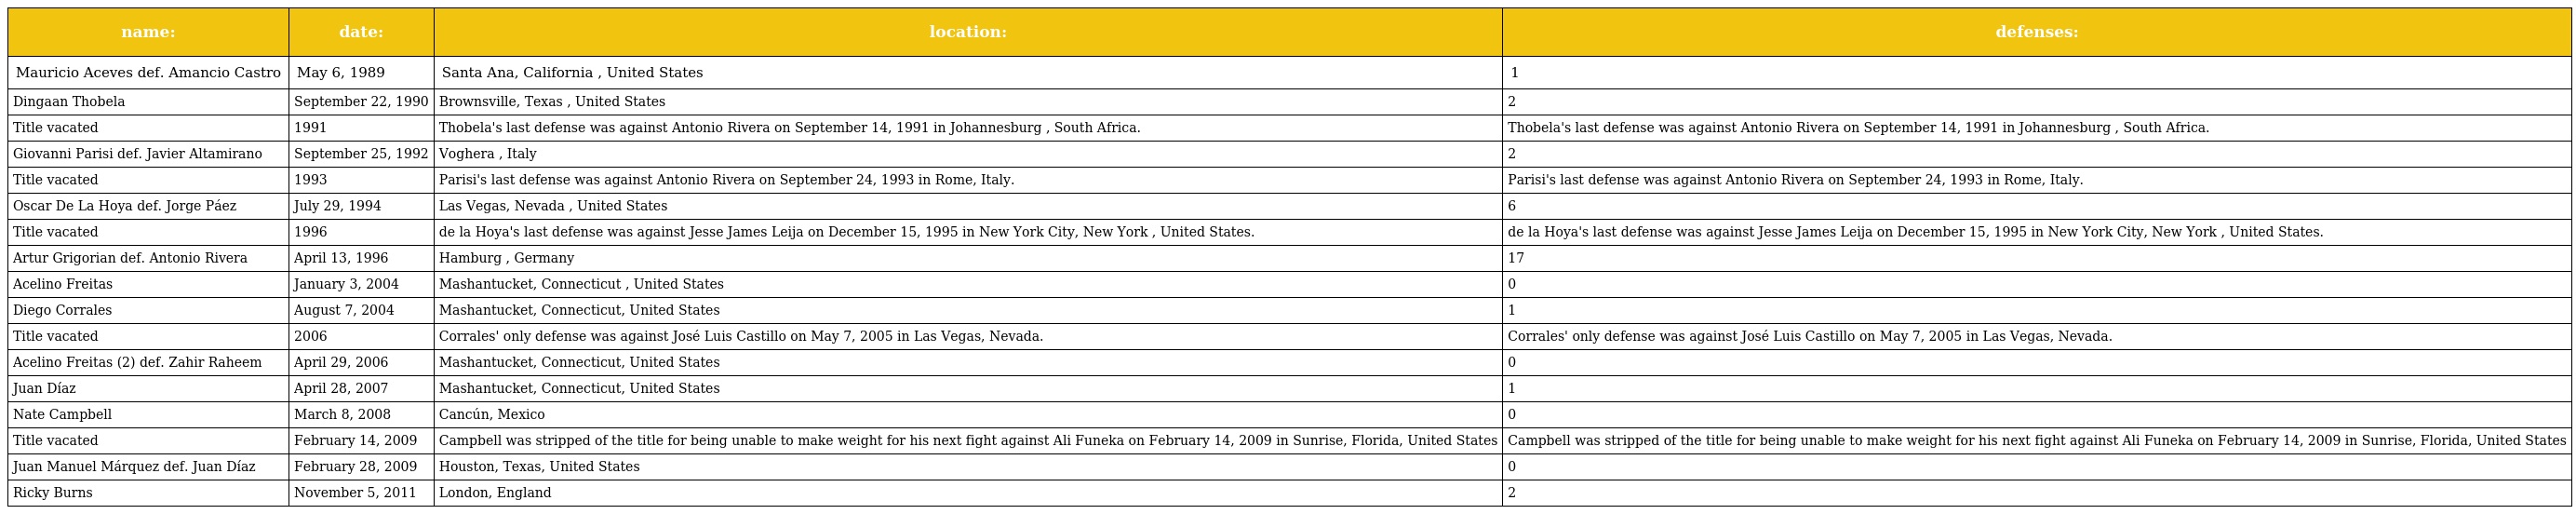
| name: | date: | location: | defenses: |
 | --- | --- | --- | --- |
 | Mauricio Aceves def. Amancio Castro | May 6, 1989 | Santa Ana, California , United States | 1 |
 | Dingaan Thobela | September 22, 1990 | Brownsville, Texas , United States | 2 |
 | Title vacated | 1991 | Thobela's last defense was against Antonio Rivera on September 14, 1991 in Johannesburg , South Africa. | Thobela's last defense was against Antonio Rivera on September 14, 1991 in Johannesburg , South Africa. |
 | Giovanni Parisi def. Javier Altamirano | September 25, 1992 | Voghera , Italy | 2 |
 | Title vacated | 1993 | Parisi's last defense was against Antonio Rivera on September 24, 1993 in Rome, Italy. | Parisi's last defense was against Antonio Rivera on September 24, 1993 in Rome, Italy. |
 | Oscar De La Hoya def. Jorge Páez | July 29, 1994 | Las Vegas, Nevada , United States | 6 |
 | Title vacated | 1996 | de la Hoya's last defense was against Jesse James Leija on December 15, 1995 in New York City, New York , United States. | de la Hoya's last defense was against Jesse James Leija on December 15, 1995 in New York City, New York , United States. |
 | Artur Grigorian def. Antonio Rivera | April 13, 1996 | Hamburg , Germany | 17 |
 | Acelino Freitas | January 3, 2004 | Mashantucket, Connecticut , United States | 0 |
 | Diego Corrales | August 7, 2004 | Mashantucket, Connecticut, United States | 1 |
 | Title vacated | 2006 | Corrales' only defense was against José Luis Castillo on May 7, 2005 in Las Vegas, Nevada. | Corrales' only defense was against José Luis Castillo on May 7, 2005 in Las Vegas, Nevada. |
 | Acelino Freitas (2) def. Zahir Raheem | April 29, 2006 | Mashantucket, Connecticut, United States | 0 |
 | Juan Díaz | April 28, 2007 | Mashantucket, Connecticut, United States | 1 |
 | Nate Campbell | March 8, 2008 | Cancún, Mexico | 0 |
 | Title vacated | February 14, 2009 | Campbell was stripped of the title for being unable to make weight for his next fight against Ali Funeka on February 14, 2009 in Sunrise, Florida, United States | Campbell was stripped of the title for being unable to make weight for his next fight against Ali Funeka on February 14, 2009 in Sunrise, Florida, United States |
 | Juan Manuel Márquez def. Juan Díaz | February 28, 2009 | Houston, Texas, United States | 0 |
 | Ricky Burns | November 5, 2011 | London, England | 2 |